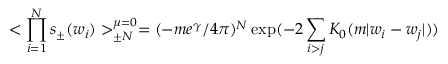
< \prod _ { i = 1 } ^ { N } s _ { \pm } ( w _ { i } ) > _ { \pm N } ^ { \mu = 0 } = ( - m e ^ { \gamma } / 4 \pi ) ^ { N } \exp ( - 2 \sum _ { i > j } K _ { 0 } ( m \vert w _ { i } - w _ { j } \vert ) )